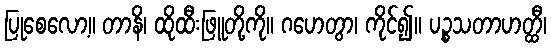
ပြုစေလော့။ တာနိ၊ ထိုထီးဖြူတို့ကို။ ဂဟေတွာ၊ ကိုင်၍။ ပဉ္စသတာဟတ္ထီ၊